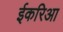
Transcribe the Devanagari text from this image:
ईकरिआ